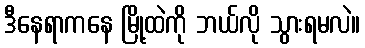
ဒီနေရာကနေ မြို့ထဲကို ဘယ်လို သွားရမလဲ။